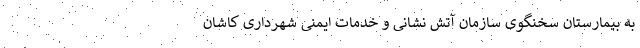
به بیمارستان سخنگوی سازمان آتش نشانی و خدمات ایمنی شهرداری کاشان